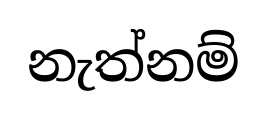
නැත්නම්